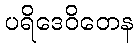
ပရိဒေဝိတေန